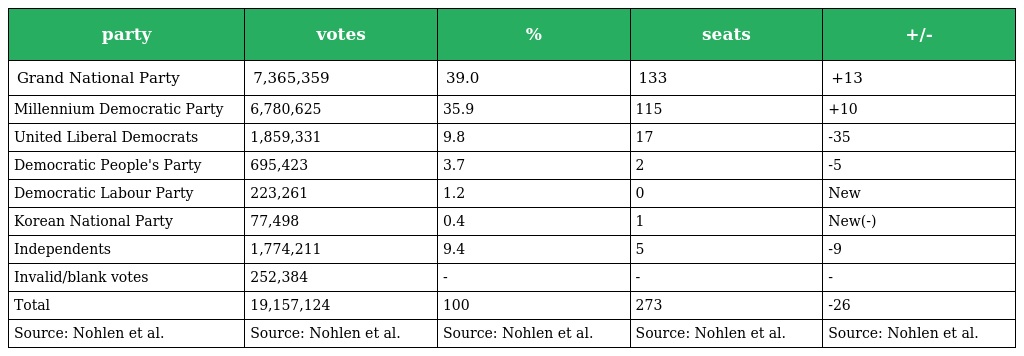
| party | votes | % | seats | +/- |
 | --- | --- | --- | --- | --- |
 | Grand National Party | 7,365,359 | 39.0 | 133 | +13 |
 | Millennium Democratic Party | 6,780,625 | 35.9 | 115 | +10 |
 | United Liberal Democrats | 1,859,331 | 9.8 | 17 | -35 |
 | Democratic People's Party | 695,423 | 3.7 | 2 | -5 |
 | Democratic Labour Party | 223,261 | 1.2 | 0 | New |
 | Korean National Party | 77,498 | 0.4 | 1 | New(-) |
 | Independents | 1,774,211 | 9.4 | 5 | -9 |
 | Invalid/blank votes | 252,384 | - | - | - |
 | Total | 19,157,124 | 100 | 273 | -26 |
 | Source: Nohlen et al. | Source: Nohlen et al. | Source: Nohlen et al. | Source: Nohlen et al. | Source: Nohlen et al. |